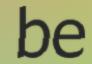
be